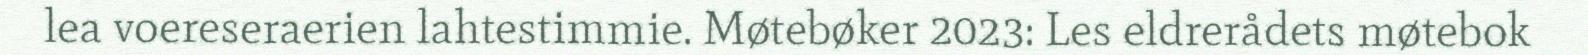
lea voereseraerien lahtestimmie. Møtebøker 2023: Les eldrerådets møtebok